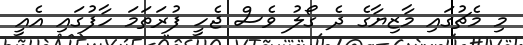
މި މެޗުގައި މާޒިޔާގެ ދެ ގޯލު ވެސް ޖެހީ ފުރަތަމަ ހާފުގައި އެއީ